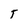
Character: 5